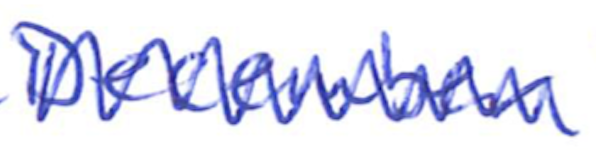
Text: December
Cross-out: zig-zag
Writing tool: ballpoint